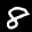
Label: 8